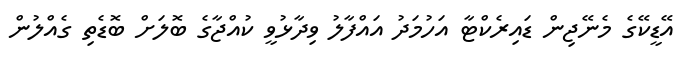
އޭޑީކޭގެ މެނޭޖިން ޑައިރެކްޓާ އަހުމަދު އައްފާލު ވިދާޅުވީ ކުއްޖާގެ ބޮލަށް ބޮޑެތި ގެއްލުން